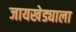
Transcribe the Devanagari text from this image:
जायखेड्याला